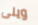
ويلى